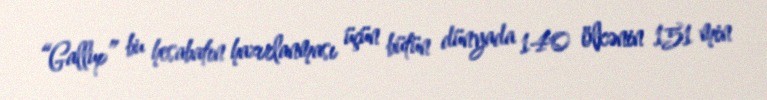
“Gallup” bu hesabatın hazırlanması üçün bütün dünyada 140 ölkənin 151 min